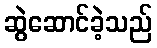
ဆွဲဆောင်ခဲ့သည်